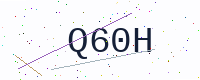
Text: Q60H